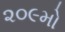
૨૦૯મો